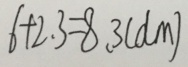
6 + 2 . 3 = 8 . 3 ( d m )